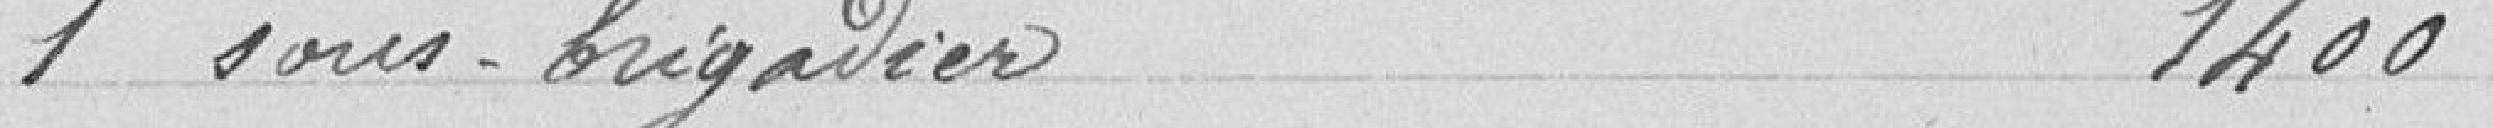
1 sous-brigadier 1400